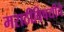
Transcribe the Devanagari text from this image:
मराठीविषयीचे